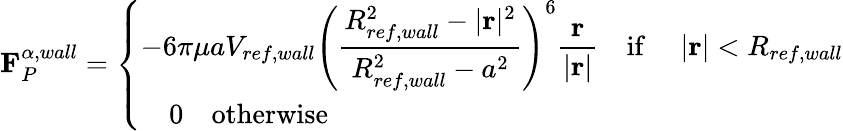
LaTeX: \mathbf{F}_{P}^{\alpha,wall}=\left\{ \begin{array}{ll}{\displaystyle-6\pi\mu aV_{ref,wall}\left(\frac{R_{ref,wall}^{2}-|\mathbf{r}|^{2}}{R_{ref,wall}^{2}-a^{2}}\right)^{6}\frac{\mathbf{r}}{|\mathbf{r}|}\quad\mathrm{if\ }\quad|\mathbf{r}|<R_{ref,wall}}\\ {\displaystyle\quad 0\quad\mathrm{otherwise\ }}\end{array}\right.